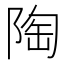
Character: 陶